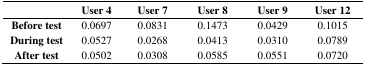
<table><thead><tr><td></td><td><b>User 4</b></td><td><b>User 7</b></td><td><b>User 8</b></td><td><b>User 9</b></td><td><b>User 12</b></td></tr></thead><tbody><tr><td><b>Before test</b></td><td>0.0697</td><td>0.0831</td><td>0.1473</td><td>0.0429</td><td>0.1015</td></tr><tr><td><b>During test</b></td><td>0.0527</td><td>0.0268</td><td>0.0413</td><td>0.0310</td><td>0.0789</td></tr><tr><td><b>After test</b></td><td>0.0502</td><td>0.0308</td><td>0.0585</td><td>0.0551</td><td>0.0720</td></tr></tbody></table>